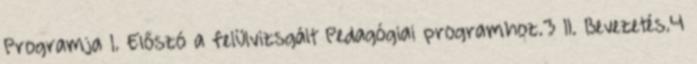
Programja I. Előszó a felülvizsgált Pedagógiai programhoz.3 II. Bevezetés.4